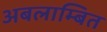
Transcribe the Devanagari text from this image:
अबलाम्बित